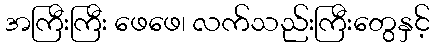
အကြီးကြီး ဖေဖေ၊ လက်သည်းကြီးတွေနှင့်